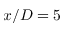
x / D = 5